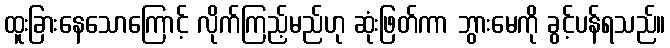
ထူးခြားနေသောကြောင့် လိုက်ကြည့်မည်ဟု ဆုံးဖြတ်ကာ ဘွားမေကို ခွင့်ပန်ရသည်။